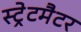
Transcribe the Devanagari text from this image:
स्ट्रेटमैटर